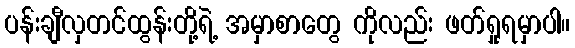
ပန်းချီလှတင်ထွန်းတို့ရဲ့ အမှာစာတွေ ကိုလည်း ဖတ်ရှုရမှာပါ။